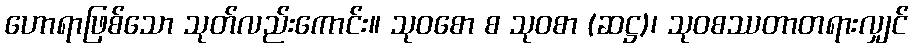
ဟောရာဖြစ်သော သုတ်လည်းကောင်း။ သုဝစော စ သုဝစာ (ဆဋ္ဌ)၊ သုဝစဿတာတရားလျှင်